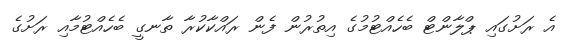
އެ ރަށުގައި ޕްލާންޓް ބެހެއްޓުމުގެ އިތުރުން ފެން ރައްކާކުރާ ތާނގީ ބެހެއްޓުމާއި ރަށުގެ